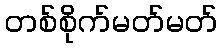
တစ်စိုက်မတ်မတ်